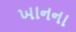
ખાનના